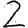
Digit: 2